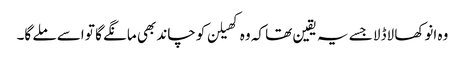
وہ انوکھا لاڈلا جسے یہ یقین تھا کہ وہ کھیلن کو چاند بھی مانگے گا تو اسے ملے گا۔